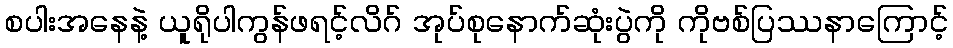
စပါးအနေနဲ့ ယူရိုပါကွန်ဖရင့်လိဂ် အုပ်စုနောက်ဆုံးပွဲကို ကိုဗစ်ပြဿနာကြောင့်